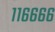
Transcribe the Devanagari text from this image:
११६६६६